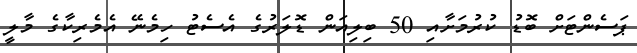
ޕަސެންޓަށް ބޮޑު ކުރުމަށާއި 50 ބިލިއަން ޑޮލަރުގެ އެސެޓު ހިމެނޭ އެމެރިކާގެ މާލީ